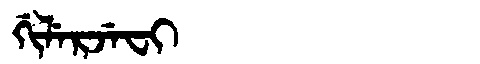
Manchu: ᡤᡳᠯᡝᡵᠵᡝᠸᡳ
Romanization: GILERJEFI